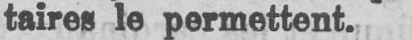
taires le permettent.